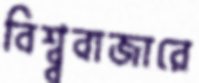
বিশ্ব্ববাজারে